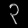
Digit: ၃